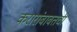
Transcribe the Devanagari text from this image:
करारांबाबतची